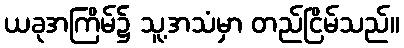
ယခုအကြိမ်၌ သူ့အသံမှာ တည်ငြိမ်သည်။